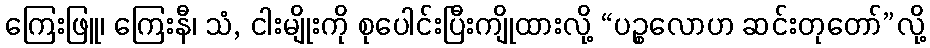
ကြေးဖြူ၊ ကြေးနီ၊ သံ, ငါးမျိုးကို စုပေါင်းပြီးကျိုထားလို့ “ပဉ္စလောဟ ဆင်းတုတော်”လို့